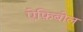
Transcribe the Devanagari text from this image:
ऐफ़िबोल